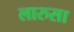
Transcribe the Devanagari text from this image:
लारुसा